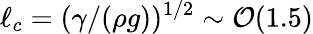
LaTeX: \ell_{c}=(\gamma/(\rho g))^{1/2}\sim\mathcal{O}(1.5)